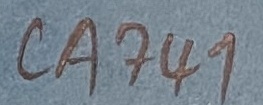
Text: CA741